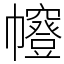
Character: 㡧